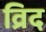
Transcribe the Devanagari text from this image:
व्रिद